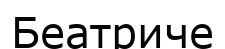
Беатриче